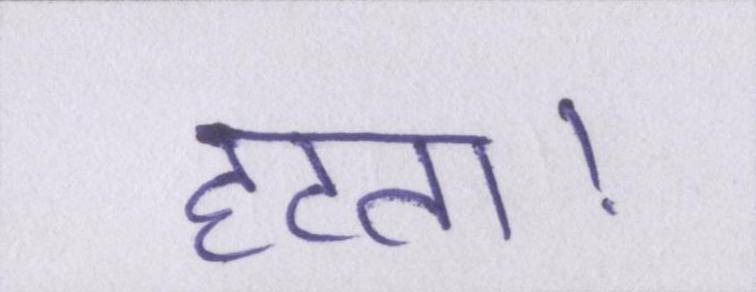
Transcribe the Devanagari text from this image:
हटता।